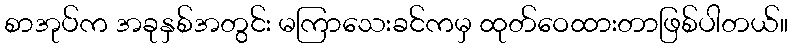
စာအုပ်က အခုနှစ်အတွင်း မကြာသေးခင်ကမှ ထုတ်ဝေထားတာဖြစ်ပါတယ်။